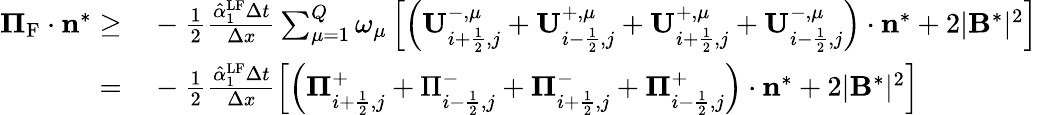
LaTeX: \begin{array}{rl}{{\mathbf\Pi}_{\mathrm{{{F}}}}\cdot\mathbf{n}^{*}\ge}&{{}-\frac{1}{2}\frac{\hat{\alpha}_{1}^{\mathrm{{LF}}}\Delta t}{\Delta x}\sum_{\mu=1}^{Q}\omega_{\mu}\left[\left(\mathbf{U}_{i+\frac{1}{2},j}^{-,\mu}+\mathbf{U}_{i-\frac{1}{2},j}^{+,\mu}+\mathbf{U}_{i+\frac{1}{2},j}^{+,\mu}+\mathbf{U}_{i-\frac{1}{2},j}^{-,\mu}\right)\cdot\mathbf{n}^{*}+2|\mathbf{B}^{*}|^{2}\right]}\\ {=}&{{}-\frac{1}{2}\frac{\hat{\alpha}_{1}^{\mathrm{{LF}}}\Delta t}{\Delta x}\left[\left({\mathbf\Pi}_{i+\frac{1}{2},j}^{+}+\Pi_{i-\frac{1}{2},j}^{-}+{\mathbf\Pi}_{i+\frac{1}{2},j}^{-}+{\mathbf\Pi}_{i-\frac{1}{2},j}^{+}\right)\cdot\mathbf{n}^{*}+2|\mathbf{B}^{*}|^{2}\right]}\end{array}